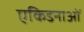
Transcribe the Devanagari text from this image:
एकिडनाओं